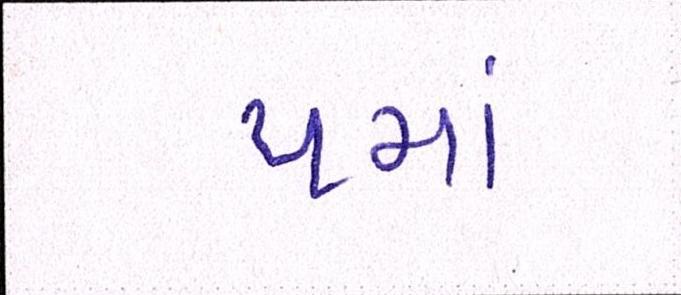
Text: પમાં